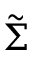
\tilde { \Sigma }